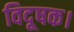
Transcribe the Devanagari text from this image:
विदूषक।